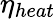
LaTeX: \eta_{heat}